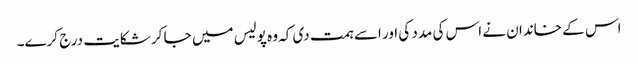
اس کے خاندان نے اس کی مدد کی اور اسے ہمت دی کہ وہ پولیس میں جا کر شکایت درج کرے۔